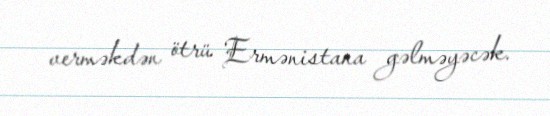
verməkdən ötrü Ermənistana gəlməyəcək.